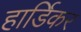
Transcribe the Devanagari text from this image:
हार्डिकर